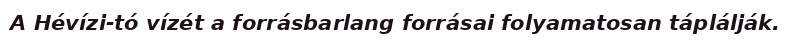
A Hévízi-tó vízét a forrásbarlang forrásai folyamatosan táplálják.